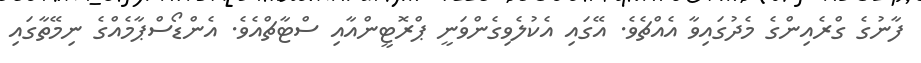
ފާނުގެ ގްރެއިންގެ މެދުގައިވާ އެއްޗެވެ. އޭގައި އެކުލެވިގެންވަނީ ޕްރޮޓީންއާއި ސްޓާޗްއެވެ. އެންޑޯސްޕާމެއްގެ ނިމޭތާގައި